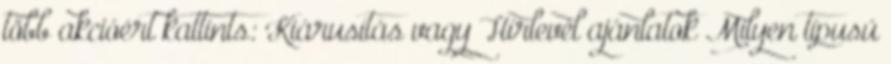
több akcióért kattints: Kiárusítás vagy Hírlevél ajánlatok Milyen típusú